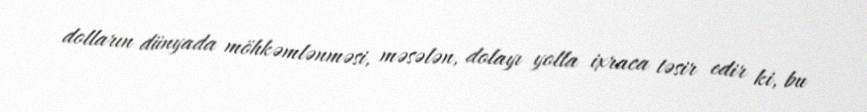
dolların dünyada möhkəmlənməsi, məsələn, dolayı yolla ixraca təsir edir ki, bu